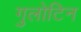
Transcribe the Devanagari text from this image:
गुलोटिन